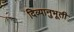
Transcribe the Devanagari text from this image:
दिव्यानुभूती